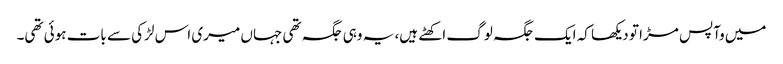
میں وآپس مڑا تو دیکھا کہ ایک جگہ لوگ اکھٹے ہیں، یہ وہی جگہ تھی جہاں میری اس لڑکی سے بات ہوئی تھی۔